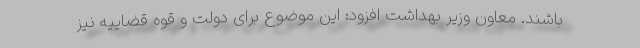
باشند. معاون وزیر بهداشت افزود: این موضوع برای دولت و قوه قضاییه نیز